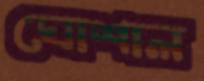
ঘোশাল